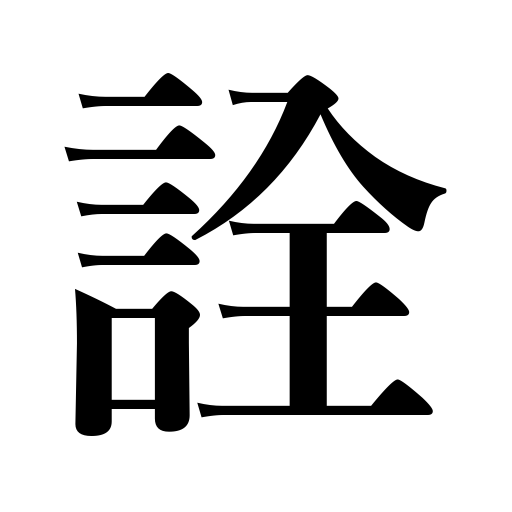
Meanings: discussion,result,methods called for,effect,selection